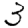
Digit: 3